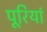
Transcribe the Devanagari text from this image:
पूरियां